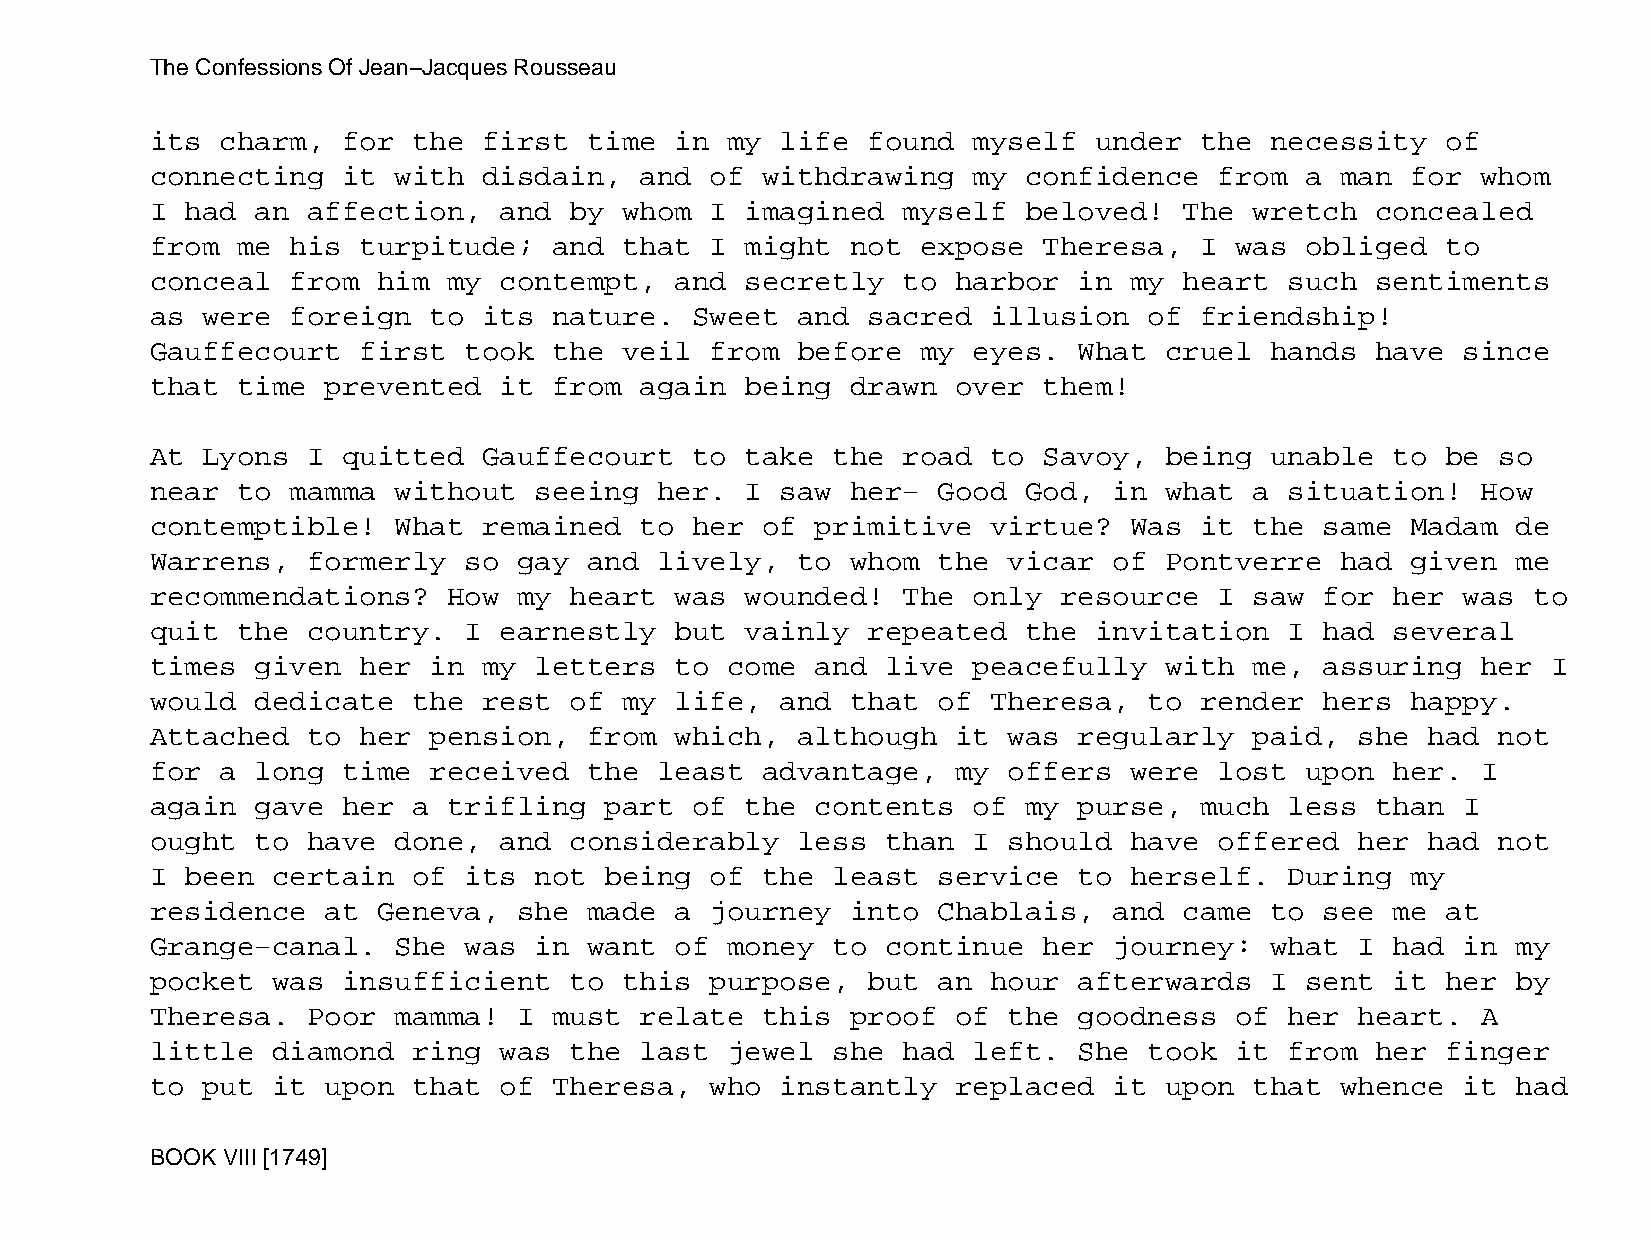
The Confessions Of Jean−Jacques Rousseau
 its  charm,  for the  first  time  in my  life found  myself  under  the  necessity   of
 connecting   it with  disdain,  and  of withdrawing   my  confidence   from a  man for  whom
 I had  an affection,   and  by whom  I imagined   myself  beloved!  The  wretch  concealed
 from  me his  turpitude;   and that  I might  not  expose  Theresa,  I  was obliged   to
 conceal  from  him  my contempt,   and secretly   to harbor  in  my heart  such  sentiments
 as were  foreign  to  its  nature.  Sweet  and sacred   illusion  of friendship!
 Gauffecourt   first  took  the veil  from  before  my eyes.  What  cruel  hands  have  since
 that  time  prevented  it  from again  being  drawn  over  them!
 At Lyons  I  quitted  Gauffecourt   to take  the  road  to Savoy,  being  unable  to  be so
 near  to mamma  without  seeing   her. I  saw her−  Good  God,  in what  a situation!   How
 contemptible!   What  remained  to  her of  primitive   virtue?  Was it  the  same Madam  de
 Warrens,  formerly   so gay  and  lively,  to whom  the  vicar  of Pontverre   had given  me
 recommendations?    How my  heart  was wounded!   The only  resource   I saw  for her  was to
 quit  the country.   I earnestly   but vainly  repeated   the invitation   I  had several
 times  given  her in  my letters   to come  and  live peacefully   with  me,  assuring  her  I
 would  dedicate  the  rest  of my  life,  and that  of  Theresa,  to render   hers happy.
 Attached  to  her pension,   from  which,  although  it  was regularly   paid,  she  had not
 for  a long  time received   the  least advantage,   my  offers  were  lost upon  her.  I
 again  gave  her a  trifling  part  of the  contents  of  my purse,  much  less  than  I
 ought  to have  done,  and  considerably   less  than I  should  have  offered  her  had not
 I been  certain  of  its not  being  of the  least  service  to  herself.  During  my
 residence   at Geneva,  she  made  a journey  into  Chablais,   and came  to  see me  at
 Grange−canal.   She  was in  want  of money  to  continue  her  journey:  what  I had  in my
 pocket  was  insufficient   to this  purpose,  but  an  hour afterwards   I sent  it  her by
 Theresa.  Poor  mamma!  I  must relate  this  proof  of  the goodness   of her  heart.  A
 little  diamond  ring  was  the last  jewel  she  had left.  She  took  it from  her  finger
 to put  it  upon that  of  Theresa,  who  instantly  replaced   it upon  that  whence  it had
 BOOK VIII [1749]